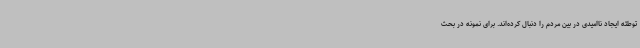
توطئه ایجاد ناامیدی در بین مردم را دنبال کرده‌اند. برای نمونه در بحث